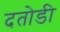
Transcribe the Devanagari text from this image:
दतोडी